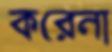
করেনা